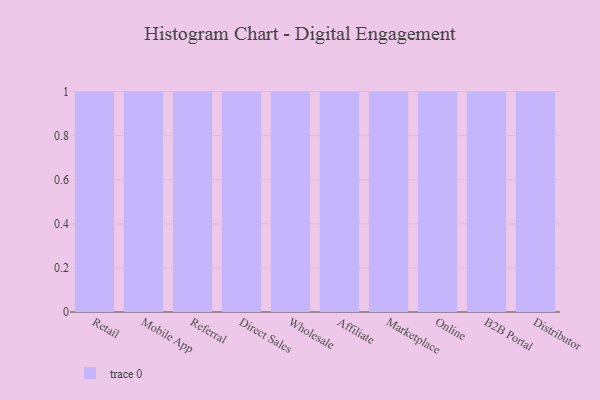
{"axis": {"x": "Channel", "y": "Bounce Rate (%)"}, "legend": [""], "data": [{"x": "Retail", "y": 36, "type": ""}, {"x": "Mobile App", "y": 8, "type": ""}, {"x": "Referral", "y": 39, "type": ""}, {"x": "Direct Sales", "y": 62, "type": ""}, {"x": "Wholesale", "y": 10, "type": ""}, {"x": "Affiliate", "y": 30, "type": ""}, {"x": "Marketplace", "y": 74, "type": ""}, {"x": "Online", "y": 11, "type": ""}, {"x": "B2B Portal", "y": 45, "type": ""}, {"x": "Distributor", "y": 37, "type": ""}]}